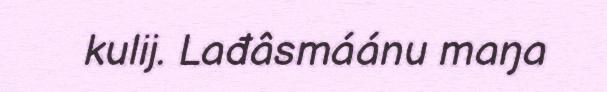
kulij. Lađâsmáánu maŋa